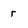
Character: r